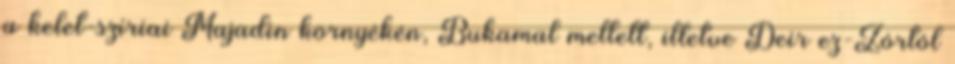
a kelet-szíriai Majadin környékén, Bukamal mellett, illetve Deir ez-Zórtól